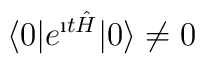
\langle 0|e^{\i t{\hat H}}|0\rangle \not=0